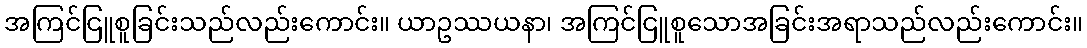
အကြင်ငြူစူခြင်းသည်လည်းကောင်း။ ယာဥဿယနာ၊ အကြင်ငြူစူသောအခြင်းအရာသည်လည်းကောင်း။